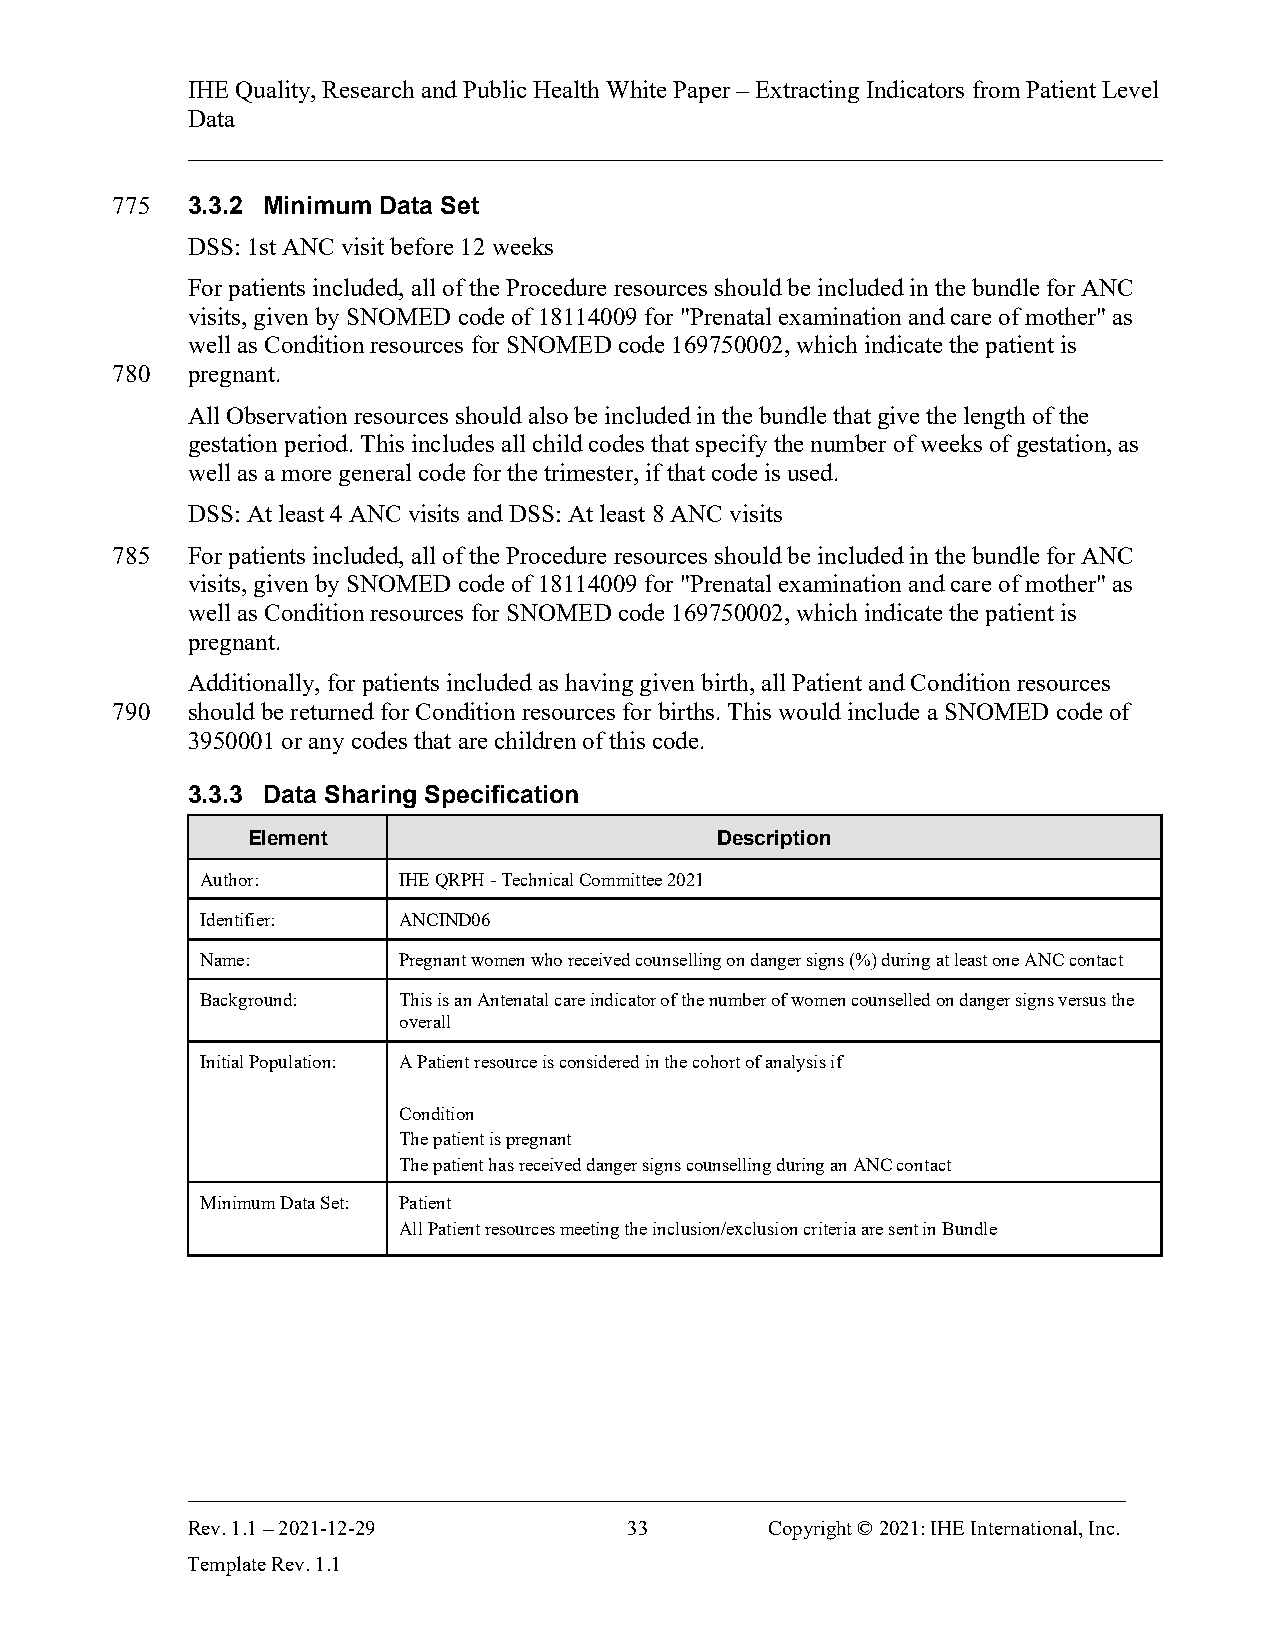
IHE Quality, Research and Public Health White Paper – Extracting Indicators from Patient Level
 Data
 ______________________________________________________________________________
 775  3.3.2 Minimum Data Set
 DSS: 1st ANC visit before 12 weeks
 For patients included, all of the Procedure resources should be included in the bundle for ANC
 visits, given by SNOMED code of 18114009 for "Prenatal examination and care of mother" as
 well as Condition resources for SNOMED code 169750002, which indicate the patient is
 780  pregnant.
 All Observation resources should also be included in the bundle that give the length of the
 gestation period. This includes all child codes that specify the number of weeks of gestation, as
 well as a more general code for the trimester, if that code is used.
 DSS: At least 4 ANC visits and DSS: At least 8 ANC visits
 785  For patients included, all of the Procedure resources should be included in the bundle for ANC
 visits, given by SNOMED code of 18114009 for "Prenatal examination and care of mother" as
 well as Condition resources for SNOMED code 169750002, which indicate the patient is
 pregnant.
 Additionally, for patients included as having given birth, all Patient and Condition resources
 790  should be returned for Condition resources for births. This would include a SNOMED code of
 3950001 or any codes that are children of this code.
 3.3.3 Data Sharing Specification
 Element                        Description
 Author:      IHE QRPH - Technical Committee 2021
 Identifier:  ANCIND06
 Name:        Pregnant women who received counselling on danger signs (%) during at least one ANC contact
 Background:  This is an Antenatal care indicator of the number of women counselled on danger signs versus the
 overall
 Initial Population: A Patient resource is considered in the cohort of analysis if
 Condition
 The patient is pregnant
 The patient has received danger signs counselling during an ANC contact
 Minimum Data Set: Patient
 All Patient resources meeting the inclusion/exclusion criteria are sent in Bundle
 ___________________________________________________________________________
 Rev. 1.1 – 2021-12-29         33       Copyright © 2021: IHE International, Inc.
 Template Rev. 1.1